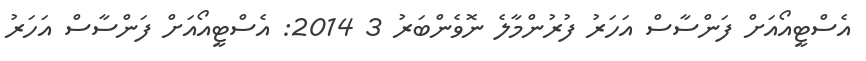
އެސްޓީއޯއަށް ފަންސާސް އަހަރު ފުރުންމާލެ ނޮވެންބަރު 3 2014: އެސްޓީއޯއަށް ފަންސާސް އަހަރު